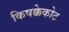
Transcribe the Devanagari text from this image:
किषक्केकोट